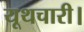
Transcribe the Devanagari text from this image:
यूथचारी।